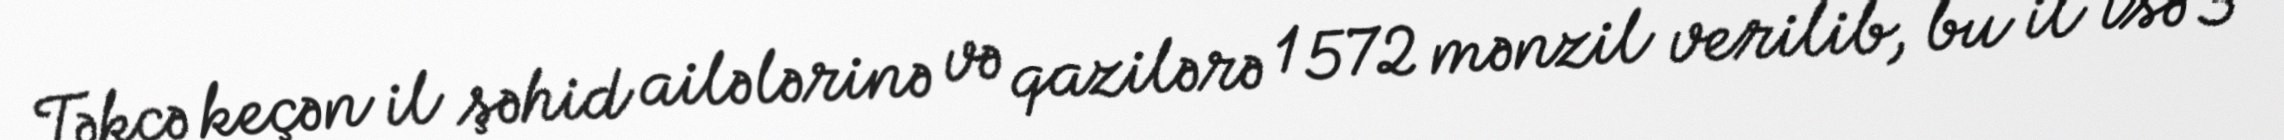
Təkcə keçən il şəhid ailələrinə və qazilərə 1 572 mənzil verilib, bu il isə 3